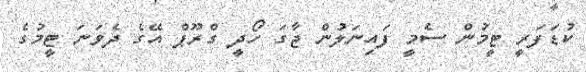
ކުޑަފަރީ ޓީމުން ސެމީ ފައިނަލުން ޖާގަ ހޯދީ ގްރޫޕް އޭގެ ދެވަނަ ޓީމުގެ